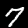
Digit: 7